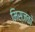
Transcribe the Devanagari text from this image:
मिस्जको